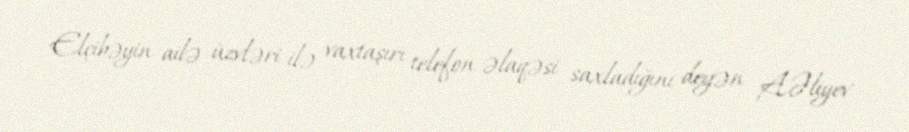
Elçibəyin ailə üzvləri ilə vaxtaşırı telefon əlaqəsi saxladığını deyən A.Əliyev